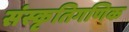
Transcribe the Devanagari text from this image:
संस्कृतिगणिक